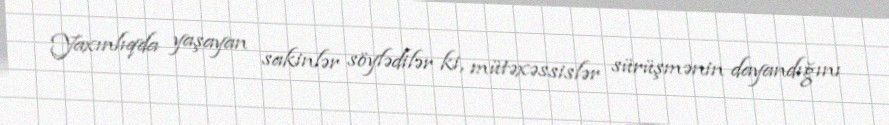
Yaxınlıqda yaşayan sakinlər söylədilər ki, mütəxəssislər sürüşmənin dayandığını